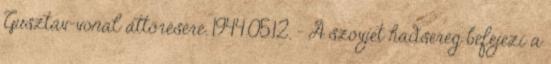
Gusztáv-vonal áttörésére. 1944.05.12. - A szovjet hadsereg befejezi a